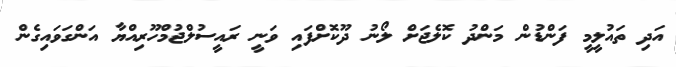
އަދި ތައުލީމީ ފަންޑުން މަންދު ކޮލެޖަށް ލޯނު ދޫކޮށްފައި ވަނީ ރައީސުލްޖުމްހޫރިއްޔާ އަންގަވައިގެން